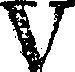
V